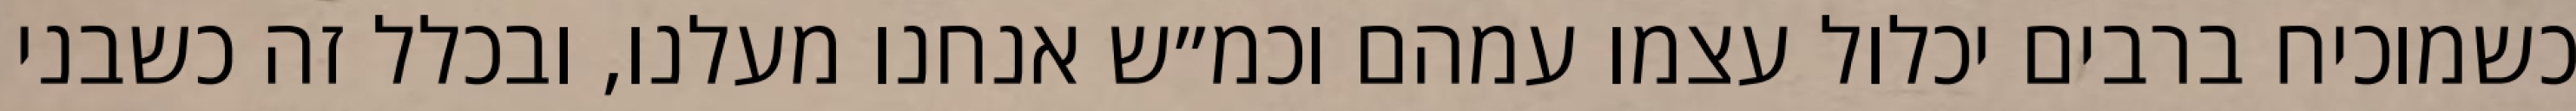
כשמוכיח ברבים יכלול עצמו עמהם וכמ״ש אנחנו מעלנו, ובכלל זה כשבני